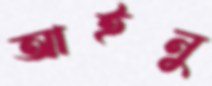
আইনু